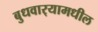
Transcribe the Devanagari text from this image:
बुधवार्‍यामधील